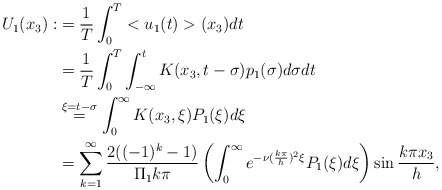
\begin{align*}U_1(x_3):&=\frac{1}{T}\int_{0}^{T}<u_1(t)>(x_3)dt\\&=\frac{1}{T}\int_{0}^{T}\int_{-\infty}^{t}K(x_3,t-\sigma)p_1(\sigma)d\sigma dt\\&\overset{\xi=t-\sigma}{=}\int_{0}^{\infty}K(x_3,\xi)P_1(\xi)d\xi \\&=\sum_{k=1}^{\infty}\frac{2((-1)^k-1)}{\Pi_1 k \pi}\left(\int_{0}^{\infty}e^{-\nu(\frac{k\pi}{h})^2 \xi}P_1(\xi)d\xi \right)\sin\frac{k\pi x_3}{h},\end{align*}